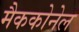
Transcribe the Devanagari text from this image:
मैककोनेल